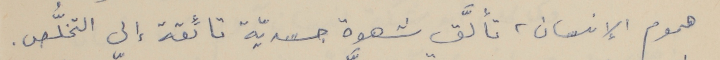
هموم الإنسان، تألَّق شهوة جسديّة تائِقة إلى التخلُّص.